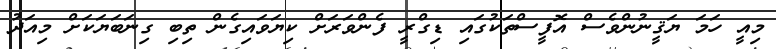
މިއީ ހަމަ ޔަޤީނުންވެސް އޮފީސްތަކުގައި ޑިގްރީ ފެންވަރަށް ކިޔަވައިގެން ތިބި ގިނަބަޔަކަށް މިއަދު